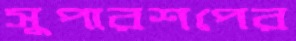
সুপারশপের